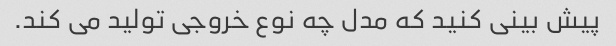
پیش بینی کنید که مدل چه نوع خروجی تولید می کند.